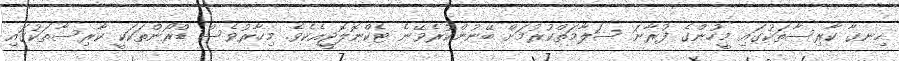
ހިނގާ ކާރިސާތަކުގައި މީހުންގެ ފުރާނަ ސަލާމަތްކުރުމަށް ބޭނުންކުރެވޭނެ ޓެކްނޮލޮޖީއެކެވެ. މިހާރުވެސް ޑްރޯންތަކަކީ ކާރިސާތަކުގައި